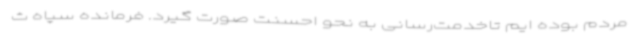
مردم بوده ایم تاخدمت‌رسانی به نحو احسنت صورت گیرد. فرمانده سپاه ث